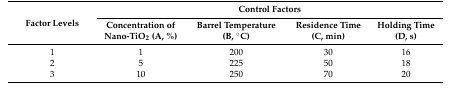
<table><thead><tr><td rowspan="2"><b>Factor Levels</b></td><td colspan="4"><b>Control Factors</b></td></tr><tr><td><b>Concentration of Nano-TiO<sub>2</sub> (A, %)</b></td><td><b>Barrel Temperature (B, °C)</b></td><td><b>Residence Time (C, min)</b></td><td><b>Holding Time (D, s)</b></td></tr></thead><tbody><tr><td>1</td><td>1</td><td>200</td><td>30</td><td>16</td></tr><tr><td>2</td><td>5</td><td>225</td><td>50</td><td>18</td></tr><tr><td>3</td><td>10</td><td>250</td><td>70</td><td>20</td></tr></tbody></table>